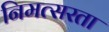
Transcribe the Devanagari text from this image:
निमत्सरता